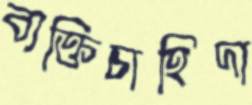
ব্যক্তিচাহিদা